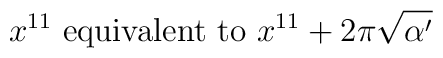
x^{11} \mbox{ equivalent to } x^{11} + 2\pi\sqrt{\alpha'}